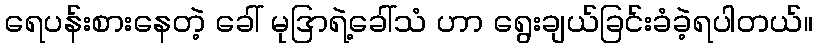
ရေပန်းစားနေတဲ့ ခေါ် မုဒြာရဲ့ခေါ်သံ ဟာ ရွေးချယ်ခြင်းခံခဲ့ရပါတယ်။